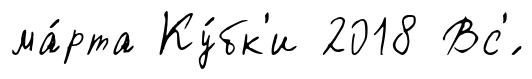
ма́рта Ку́бк'и 2018 Вс'́